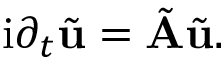
\mathrm { i } \partial _ { t } \tilde { \mathbf { u } } = \tilde { \mathbf { A } } \tilde { \mathbf { u } } .